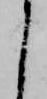
く